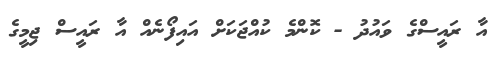
އާ ރައީސްގެ ވައުދު - ކޮންމެ ކުއްޖަކަށް އައިފޯނެއް އާ ރައީސް ޖިމީގެ